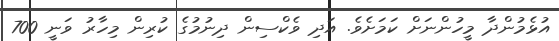
އުޅެމުންދާ މީހުންނަށް ކަމަށެވެ. އަދި ވެކްސިން ދިނުމުގެ ކުރިން މިހާރު ވަނީ 700